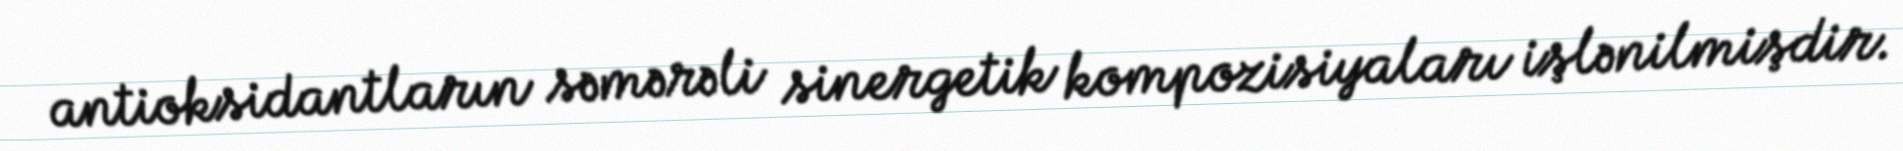
antioksidantların səmərəli sinergetik kompozisiyaları işlənilmişdir.